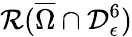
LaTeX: \mathcal{R}(\overline{{\Omega}}\cap\mathcal{D}_{\epsilon}^{6})